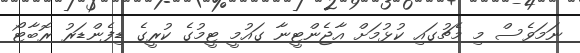
ނަމަވެސް މި މެޗުގައި ކުޅުމަށް އާޖެންޓީނާ ގައުމީ ޓީމުގެ ކުރީގެ ޑިފެންޑަރު ރޮބާޓޯ